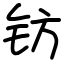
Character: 钫